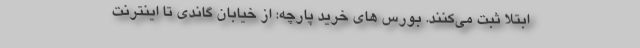
ابتلا ثبت می‌کنند. بورس های خرید پارچه: از خیابان گاندی تا اینترنت